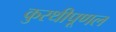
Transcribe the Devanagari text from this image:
कुरथीपूणल